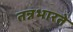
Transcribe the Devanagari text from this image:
तन्नभारते